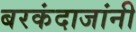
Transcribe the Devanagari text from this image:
बरकंदाजांनी